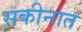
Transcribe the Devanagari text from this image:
सकीनात